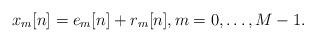
LaTeX: \begin{align*}x_m[n] = e_m[n] + r_m[n], m = 0,\ldots,M-1.\end{align*}